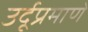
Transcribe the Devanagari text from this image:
उर्दूप्रमाणे